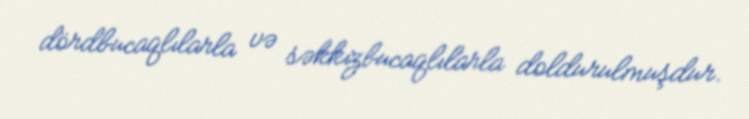
dördbucaqlılarla və səkkizbucaqlılarla doldurulmuşdur.